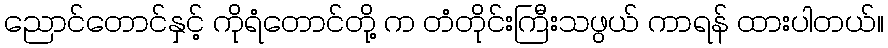
ညောင်တောင်နှင့် ကိုရံတောင်တို့ က တံတိုင်းကြီးသဖွယ် ကာရန် ထားပါတယ်။